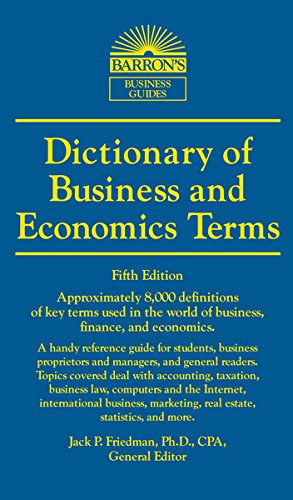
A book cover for Dictionary of Business and Economics Terms (Barron's Business Dictionaries); Jack P. Friedman Ph.D. C.P.A.; Reference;